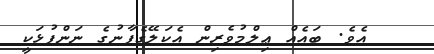
އެވެ. ބައެއް ޢިލްމުވެރިން އެކަލޭގެފާނުގެ ނަންފުޅަކީ